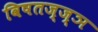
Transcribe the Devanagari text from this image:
विषतज्‍ज्ञ